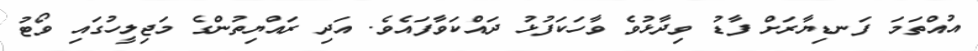
އުއްތަމަ ފަނޑިޔާރަށް ފާޑު ވިދާޅުވެ ވާހަކަފުޅު ދައްކަވާފައެވެ. އަދި ރައްޔިތުންގެ މަޖިލީހުގައި ވޯޓު